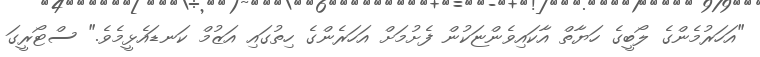
"އަހަރުމެންގެ ލޯބީގެ ހަޔާތް އާކައިވެންޏަކުން ފެށުމަށް އަހަރެންގެ ހިތުގައި އަޒުމް ކަނޑައެޅީމެވެ." ސްޓޯރީގަ